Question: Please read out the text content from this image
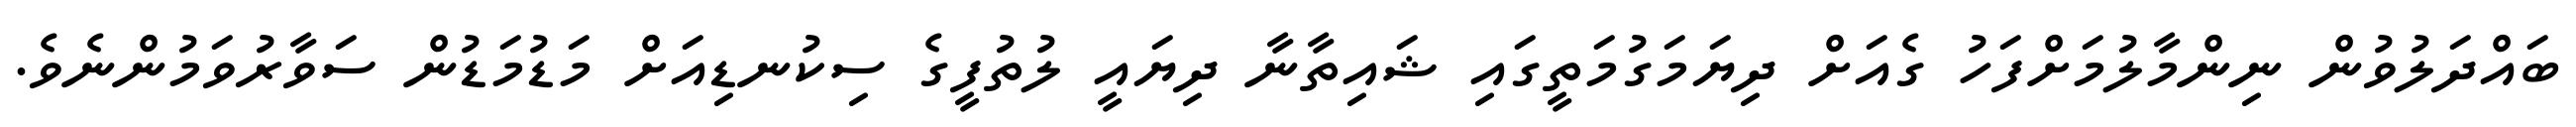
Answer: ބައްދަލުވުން ނިންމާލުމަށްފަހު ގެއަށް ދިޔަމަގުމަތީގައި ޝައިތާނާ ދިޔައީ ލުތުފީގެ ސިކުނޑިއަށް މަޑުމަޑުން ސަވާރުވަމުންނެވެ.